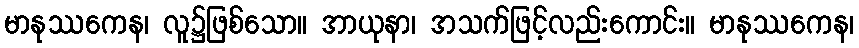
မာနုဿကေန၊ လူ၌ဖြစ်သော။ အာယုနာ၊ အသက်ဖြင့်လည်းကောင်း။ မာနုဿကေန၊